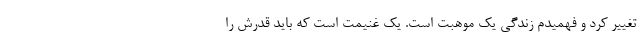
تغییر کرد و فهمیدم زندگی یک موهبت است. یک غنیمت است که باید قدرش را